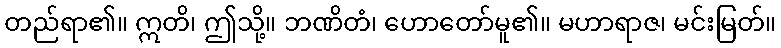
တည်ရာ၏။ ဣတိ၊ ဤသို့။ ဘဏိတံ၊ ဟောတော်မူ၏။ မဟာရာဇ၊ မင်းမြတ်။